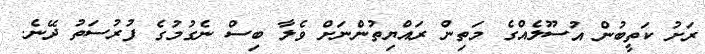
ރަށު ކަތީބުން އުސޫލެއްގެ މަތިން ރައްޔިތުންނަށް ވެލާ ބިސް ނެގުމުގެ ފުރުސަތު ދޭނެ.